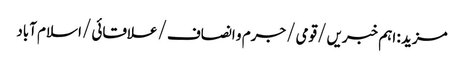
مزید : اہم خبریں /قومی /جرم و انصاف /علاقائی /اسلام آباد